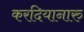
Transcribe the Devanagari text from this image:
करदियानारु